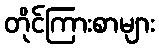
တိုင်ကြားစာများ